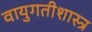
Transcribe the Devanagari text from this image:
वायुगतीशास्त्र